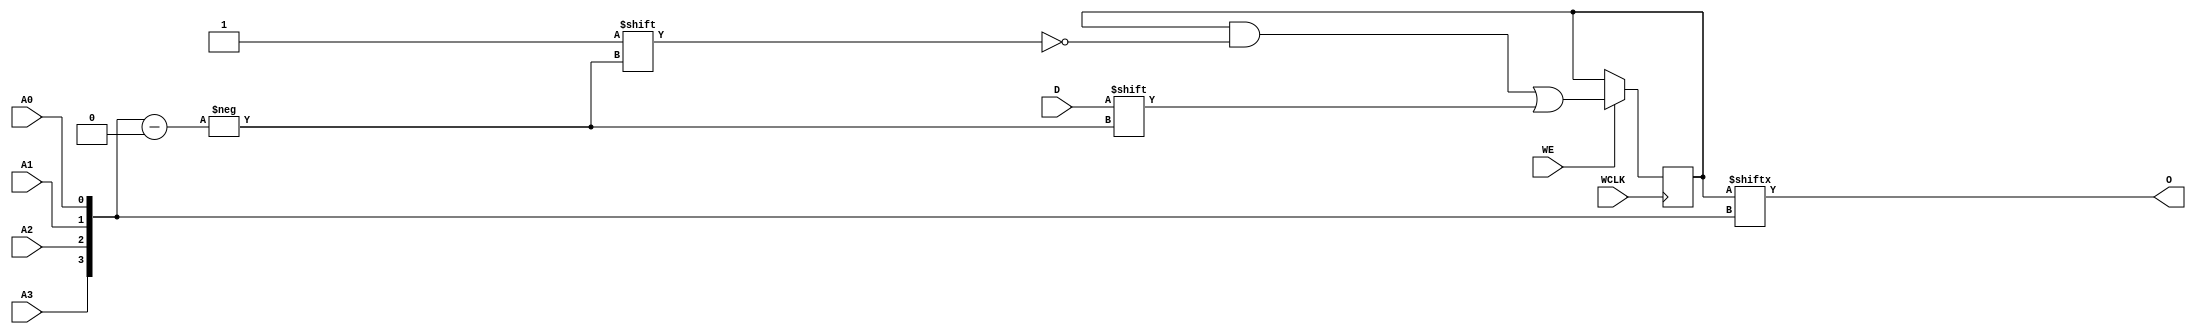
// $Header: /devl/xcs/repo/env/Databases/CAEInterfaces/verunilibs/data/unisims/RAM16X1S.v,v 1.8 2005/03/14 22:32:58 yanx Exp $
///////////////////////////////////////////////////////////////////////////////
// Copyright (c) 1995/2004 Xilinx, Inc.
// All Right Reserved.
///////////////////////////////////////////////////////////////////////////////
//   ____  ____
//  /   /\/   /
// /___/  \  /    Vendor : Xilinx
// \   \   \/     Version : 10.1
//  \   \         Description : Xilinx Functional Simulation Library Component
//  /   /                  Static Synchronous RAM 16-Deep by 1-Wide
// /___/   /\     Filename : RAM16X1S.v
// \   \  /  \    Timestamp : Thu Mar 25 16:43:33 PST 2004
//  \___\/\___\
//
// Revision:
//    03/23/04 - Initial version.
//    02/04/05 - Rev 0.0.1 Remove input/output bufs; Remove for-loop in initial block;
// End Revision

`timescale  1 ps / 1 ps


module RAM16X1S (O, A0, A1, A2, A3, D, WCLK, WE);

    parameter INIT = 16'h0000;

    output O;

    input  A0, A1, A2, A3, D, WCLK, WE;

    reg  [15:0] mem;
    wire [3:0] adr;

    assign adr = {A3, A2, A1, A0};
    assign O = mem[adr];

    initial
        mem = INIT;

    always @(posedge WCLK)
        if (WE == 1'b1)
            mem[adr] <= #100 D;

endmodule